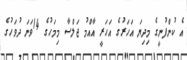
އެ ކުންފުނީގެ މިދިޔަ އަހަރުގެ އަހަރީ އާއްމު ޖަލްސާ މިމަހުގެ 14ވަނަ ދުވަހުގެ